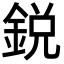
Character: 鋭